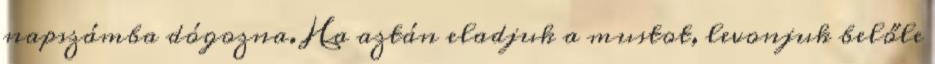
napszámba dógozna. Ha aztán eladjuk a mustot, levonjuk belőle